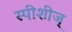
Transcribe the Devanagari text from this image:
स्पीशीज्